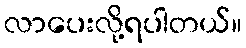
လာပေးလို့ရပါတယ်။